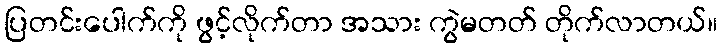
ပြတင်းပေါက်ကို ဖွင့်လိုက်တာ အသား ကွဲမတတ် တိုက်လာတယ်။